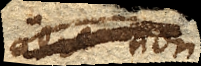
aere non